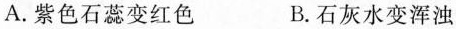
A.紫色石蕊变红色 B.石灰水变浑浊